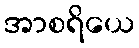
အာစရိယေ